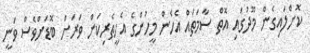
ކޮށްލައިގެން މޫދުގައި އޮތް ސާމަތައް އެހެން މީހުންގެ އެހީތެރިކަން ވަރަށް ބޮޑަށްވެސް ވަނީ